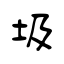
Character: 圾